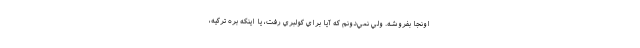
اونجا بفروشه. ولي نمي‌دونم كه آيا براي كولبري رفت، يا اينكه بره تركيه،